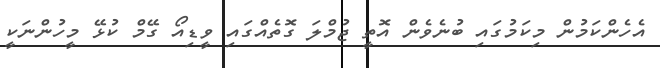
އެހެންކަމުން މިކަމުގައި ބުނެވެން އޮތީ ޖުމްލަ ގޮތެއްގައި ވީޑިއޯ ގޭމް ކުޅޭ މީހުންނަކީ